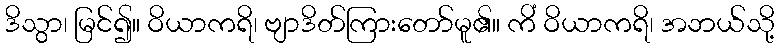
ဒိသွာ၊ မြင်၍။ ဝိယာကရိ၊ ဗျာဒိတ်ကြားတော်မူ၏။ ကိံ ဝိယာကရိ၊ အဘယ်သို့